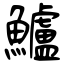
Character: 鱸